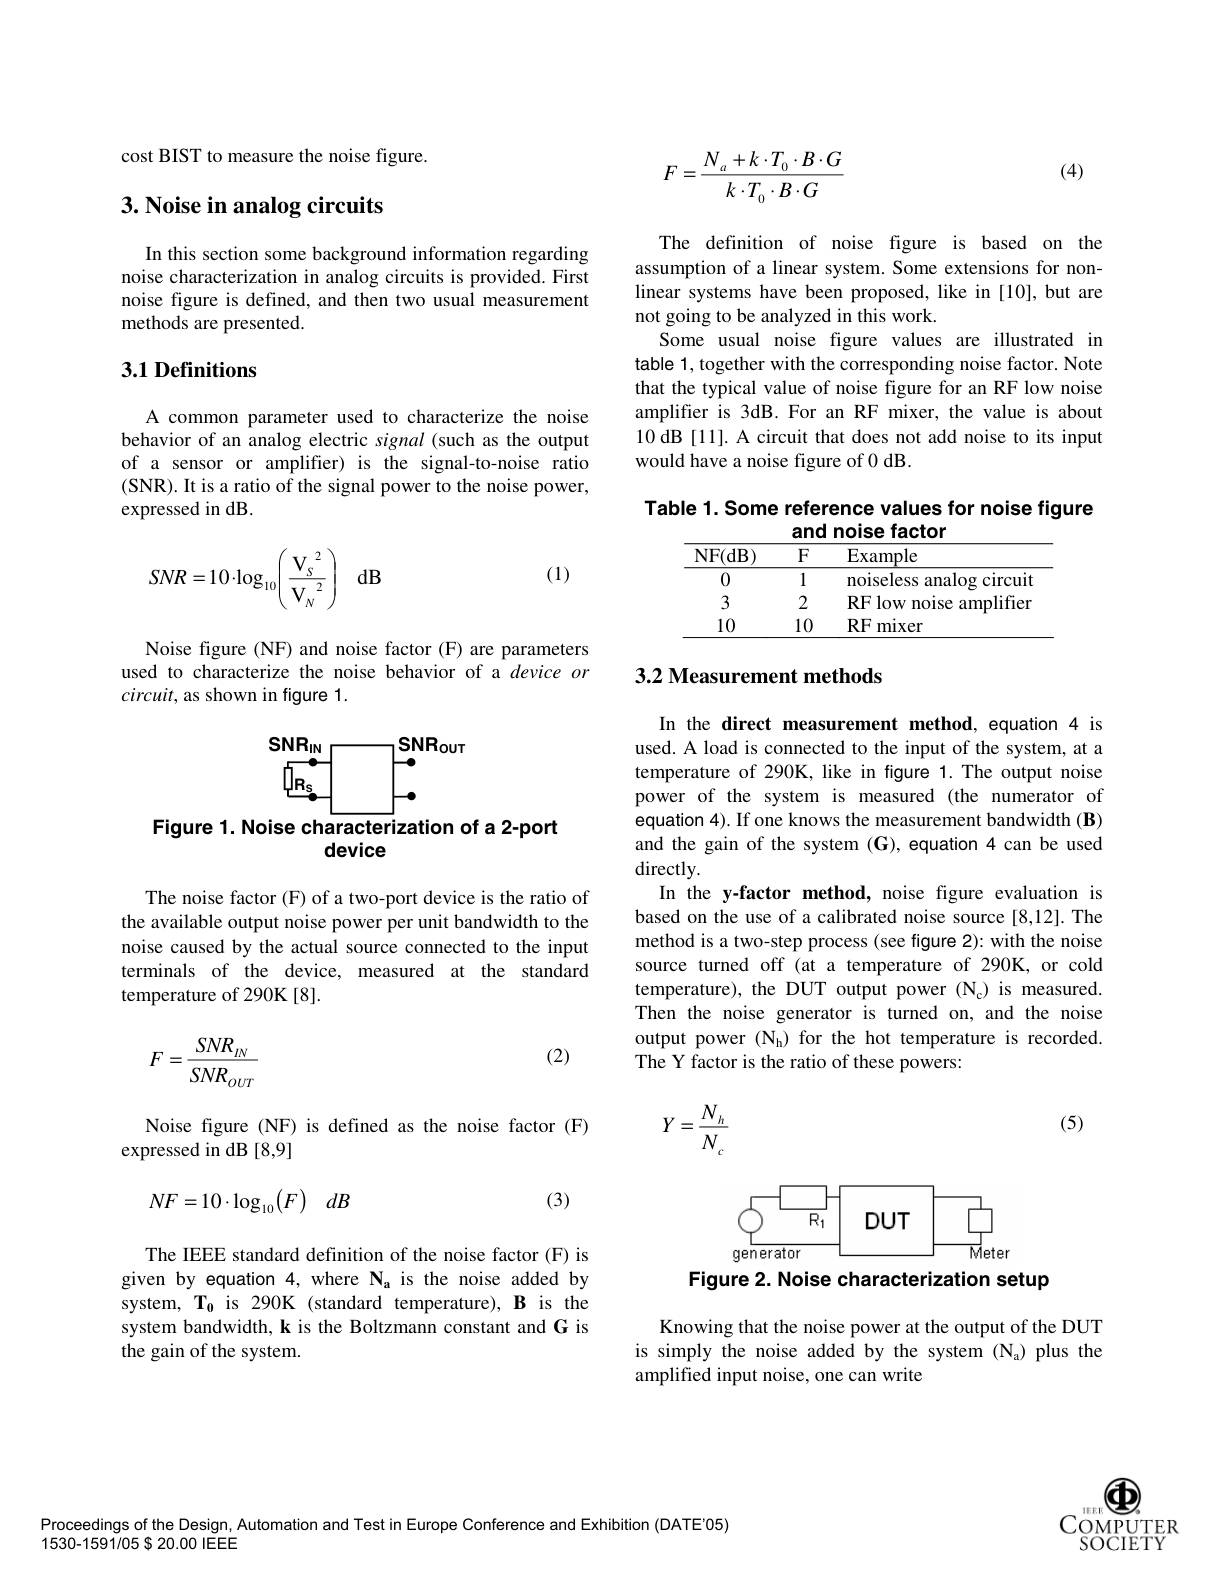
cost BIST to measure the noise figure.

## $3. \textbf{Noise in analog circuits}$

In this section some background information regarding noise characterization in analog circuits is provided. First noise figure is defined, and then two usual measurement methods are presented.

## 3.1 Definitions

A common parameter used to characterize the noise behavior of an analog electric signal (such as the output of a sensor or amplifier) is the signal-to-noise ratio (SNR). It is a ratio of the signal power to the noise power, expressed in dB.

(1)
$$SNR=10\cdot\log_{10}\Bigg(\frac{\mathbf{V}_{S}^{2}}{\mathbf{V}_{N}^{2}}\Bigg)$$
Noise figure (NF) and noise factor (F) are parameters used to characterize the noise behavior of a device or $circuit$, as shown in figure 1.

Figure 1. Noise characterization of a 2-port

device

The noise factor (F) of a two-port device is the ratio of the available output noise power per unit bandwidth to the noise caused by the actual source connected to the input terminals of the device, measured at the standard temperature of 290K [8].

(2)
$$F=\frac{SNR_{IN}}{SNR_{OUT}}$$
Noise figure (NF) is defined as the noise factor (F)
expressed in dB [8,9]
$$NF=10\cdot\log_{10}(F)\quad dB$$
(3)

The IEEE standard definition of the noise factor (F) is given by equation 4, where Na is the noise added by system, $\mathbf{T_{0}}$ is 290K (standard temperature), B is the system bandwidth, k is the Boltzmann constant and G is the gain of the system.

(4)
$$\begin{aligned}F&=\frac{N_a+k\cdot T_0\cdot B\cdot G}{k\cdot T_0\cdot B\cdot G}\end{aligned}$$
The definition of noise figure is based on the assumption of a linear system. Some extensions for nonlinear systems have been proposed, like in [10], but are not going to be analyzed in this work.
Some usual noise figure values are illustrated in table 1, together with the corresponding noise factor. Note that the typical value of noise figure for an RF low noise amplifier is 3dB. For an RF mixer, the value is about 10 dB [11]. A circuit that does not add noise to its input would have a noise figure of 0 dB.

Table 1. Some reference values for noise figure
and noise factor
<table>
	<tbody>
		<tr>
			<th>NF( dB</th>
			<th>$F$</th>
			<th>Example</th>
		</tr>
		<tr>
			<td>0</td>
			<td>1</td>
			<td>noiseless analog circuit</td>
		</tr>
		<tr>
			<td>3</td>
			<td>2</td>
			<td>RF low noise amplifier 11</td>
		</tr>
		<tr>
			<td>10</td>
			<td>10</td>
			<td>$RF$ mixer</td>
		</tr>
	</tbody>
</table>

## 3.2 Measurement methods

In the direct measurement method, equation 4 is used. A load is connected to the input of the system, at a temperature of 290K, like in figure 1. The output noise power of the system is measured (the numerator of equation 4). If one knows the measurement bandwidth (B) and the gain of the system (G), equation 4 can be used directly.
In the y-factor method, noise figure evaluation is based on the use of a calibrated noise source [8,12]. The method is a two-step process (see figure 2): with the noise source turned off (at a temperature of 290K, or cold temperature), the DUT output power (N$_{\mathrm{c}}$)is measured. Then the noise generator is turned on, and the noise output power (Nh) for the hot temperature is recorded. The Y factor is the ratio of these powers:

(5)

<FigureHere>

Figure 2. Noise characterization setup

Knowing that the noise power at the output of the DUT is simply the noise added by the system (Na) plus the amplified input noise, one can write

66
$1EEF$
COMPUTER SOCIETY

Proceedings of the Design, Automation and Test in Europe Conference and Exhibition (DATE'05)
$1530-1591/05\$20.00$ IEEE